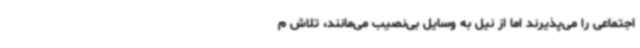
اجتماعی را می‌پذیرند اما از نیل به وسایل بی‌نصیب می‌مانند، تلاش م